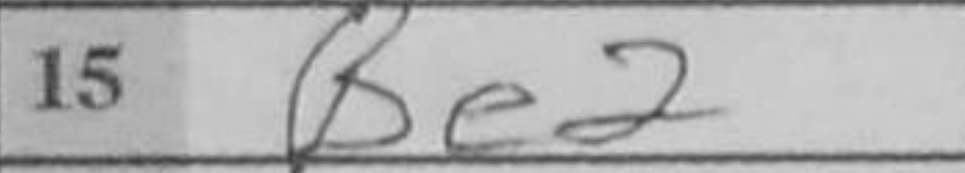
Transcription: Be2